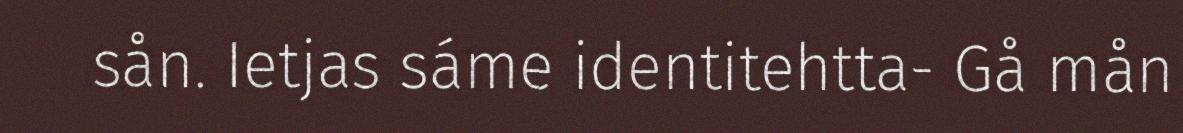
sån. Ietjas sáme identitehtta- Gå mån